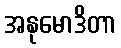
အနုမောဒိတာ